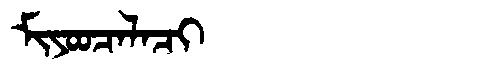
Manchu: ᠮᡳᠶᠣᠣᠴᠠᠯᠠᠴᡳ
Romanization: MIYOOCALACI